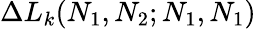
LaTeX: \Delta L_{k}(N_{1},N_{2};N_{1},N_{1})